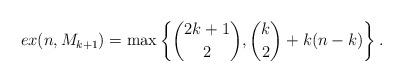
LaTeX: \begin{align*}ex(n,M_{k+1})=\max\left\{\binom{2k+1}{2}, \binom{k}{2}+k(n-k)\right\}.\end{align*}